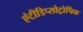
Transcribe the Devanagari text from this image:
एंटीडिप्सोट्रोपिक